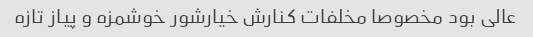
عالی بود مخصوصا مخلفات کنارش خیارشور خوشمزه و پیاز تازه